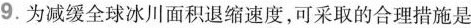
9.为减缓全球冰川面积退缩速度，可采取的合理措施是